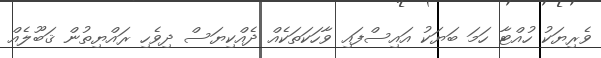
ވެރިޔަކު ހުއްޓާ ހަމަ ބަޔަކު އައިސްފައި ވާހަކަތަކެއް ދެއްކިޔަސް ދިވެހި ރައްޔިތުން ޤަބޫލެއް